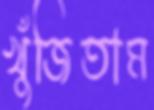
খুঁজিতাম